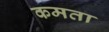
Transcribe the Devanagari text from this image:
कमता